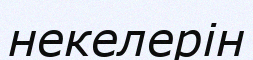
некелерін